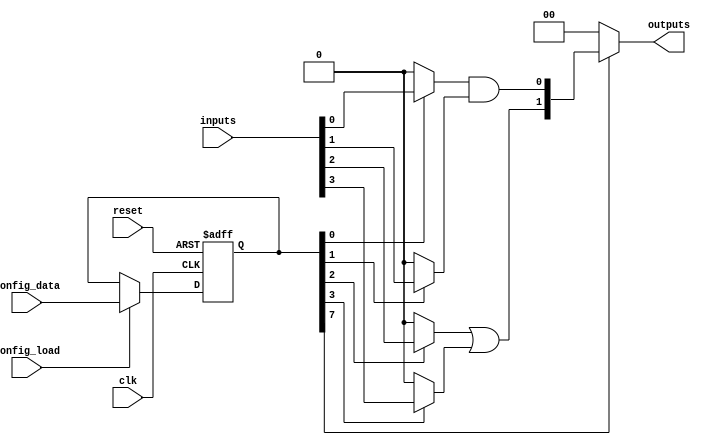
module combinational_logic_block (
    input wire clk,
    input wire reset,
    input wire [N-1:0] inputs,          // N input signals
    input wire [M-1:0] config_data,     // Configuration data for SRAM
    input wire config_load,              // Signal to load configuration
    output wire [P-1:0] outputs          // P output signals
);
    parameter N = 4;                     // Number of inputs
    parameter M = 8;                     // Number of configuration bits
    parameter P = 2;                     // Number of outputs

    // SRAM cell array (for configuration bits)
    reg [M-1:0] sram [0:1];              // Example SRAM with 2 configurations

    // Input multiplexers
    wire [N-1:0] selected_inputs;
    genvar i;
    generate
        for (i = 0; i < N; i = i + 1) begin : input_mux
            assign selected_inputs[i] = (sram[0][i]) ? inputs[i] : 1'b0; // Example selection logic
        end
    endgenerate

    // Logic function units
    wire [P-1:0] logic_outputs;
    assign logic_outputs[0] = selected_inputs[0] & selected_inputs[1]; // AND gate
    assign logic_outputs[1] = selected_inputs[2] | selected_inputs[3]; // OR gate

    // Output multiplexers
    assign outputs = (sram[0][M-1]) ? logic_outputs : {P{1'b0}}; // Example output selection

    // Control Logic for SRAM
    always @(posedge clk or posedge reset) begin
        if (reset) begin
            sram[0] <= 8'b0; // Reset configuration
            sram[1] <= 8'b0; // Reset configuration
        end else if (config_load) begin
            sram[0] <= config_data; // Load new configuration
        end
    end

endmodule